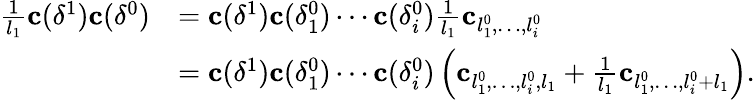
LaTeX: \begin{array}{rl}{\frac{1}{l_{1}}\mathbf{c}(\delta^{1})\mathbf{c}(\delta^{0})}&{=\mathbf{c}(\delta^{1})\mathbf{c}(\delta_{1}^{0})\cdots\mathbf{c}(\delta_{i}^{0})\frac{1}{l_{1}}\mathbf{c}_{l_{1}^{0},\ldots,l_{i}^{0}}}\\ &{=\mathbf{c}(\delta^{1})\mathbf{c}(\delta_{1}^{0})\cdots\mathbf{c}(\delta_{i}^{0})\left(\mathbf{c}_{l_{1}^{0},\ldots,l_{i}^{0},l_{1}}+\frac{1}{l_{1}}\mathbf{c}_{l_{1}^{0},\ldots,l_{i}^{0}+l_{1}}\right).}\end{array}